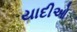
યાદીઓ